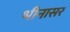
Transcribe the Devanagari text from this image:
भीनासर